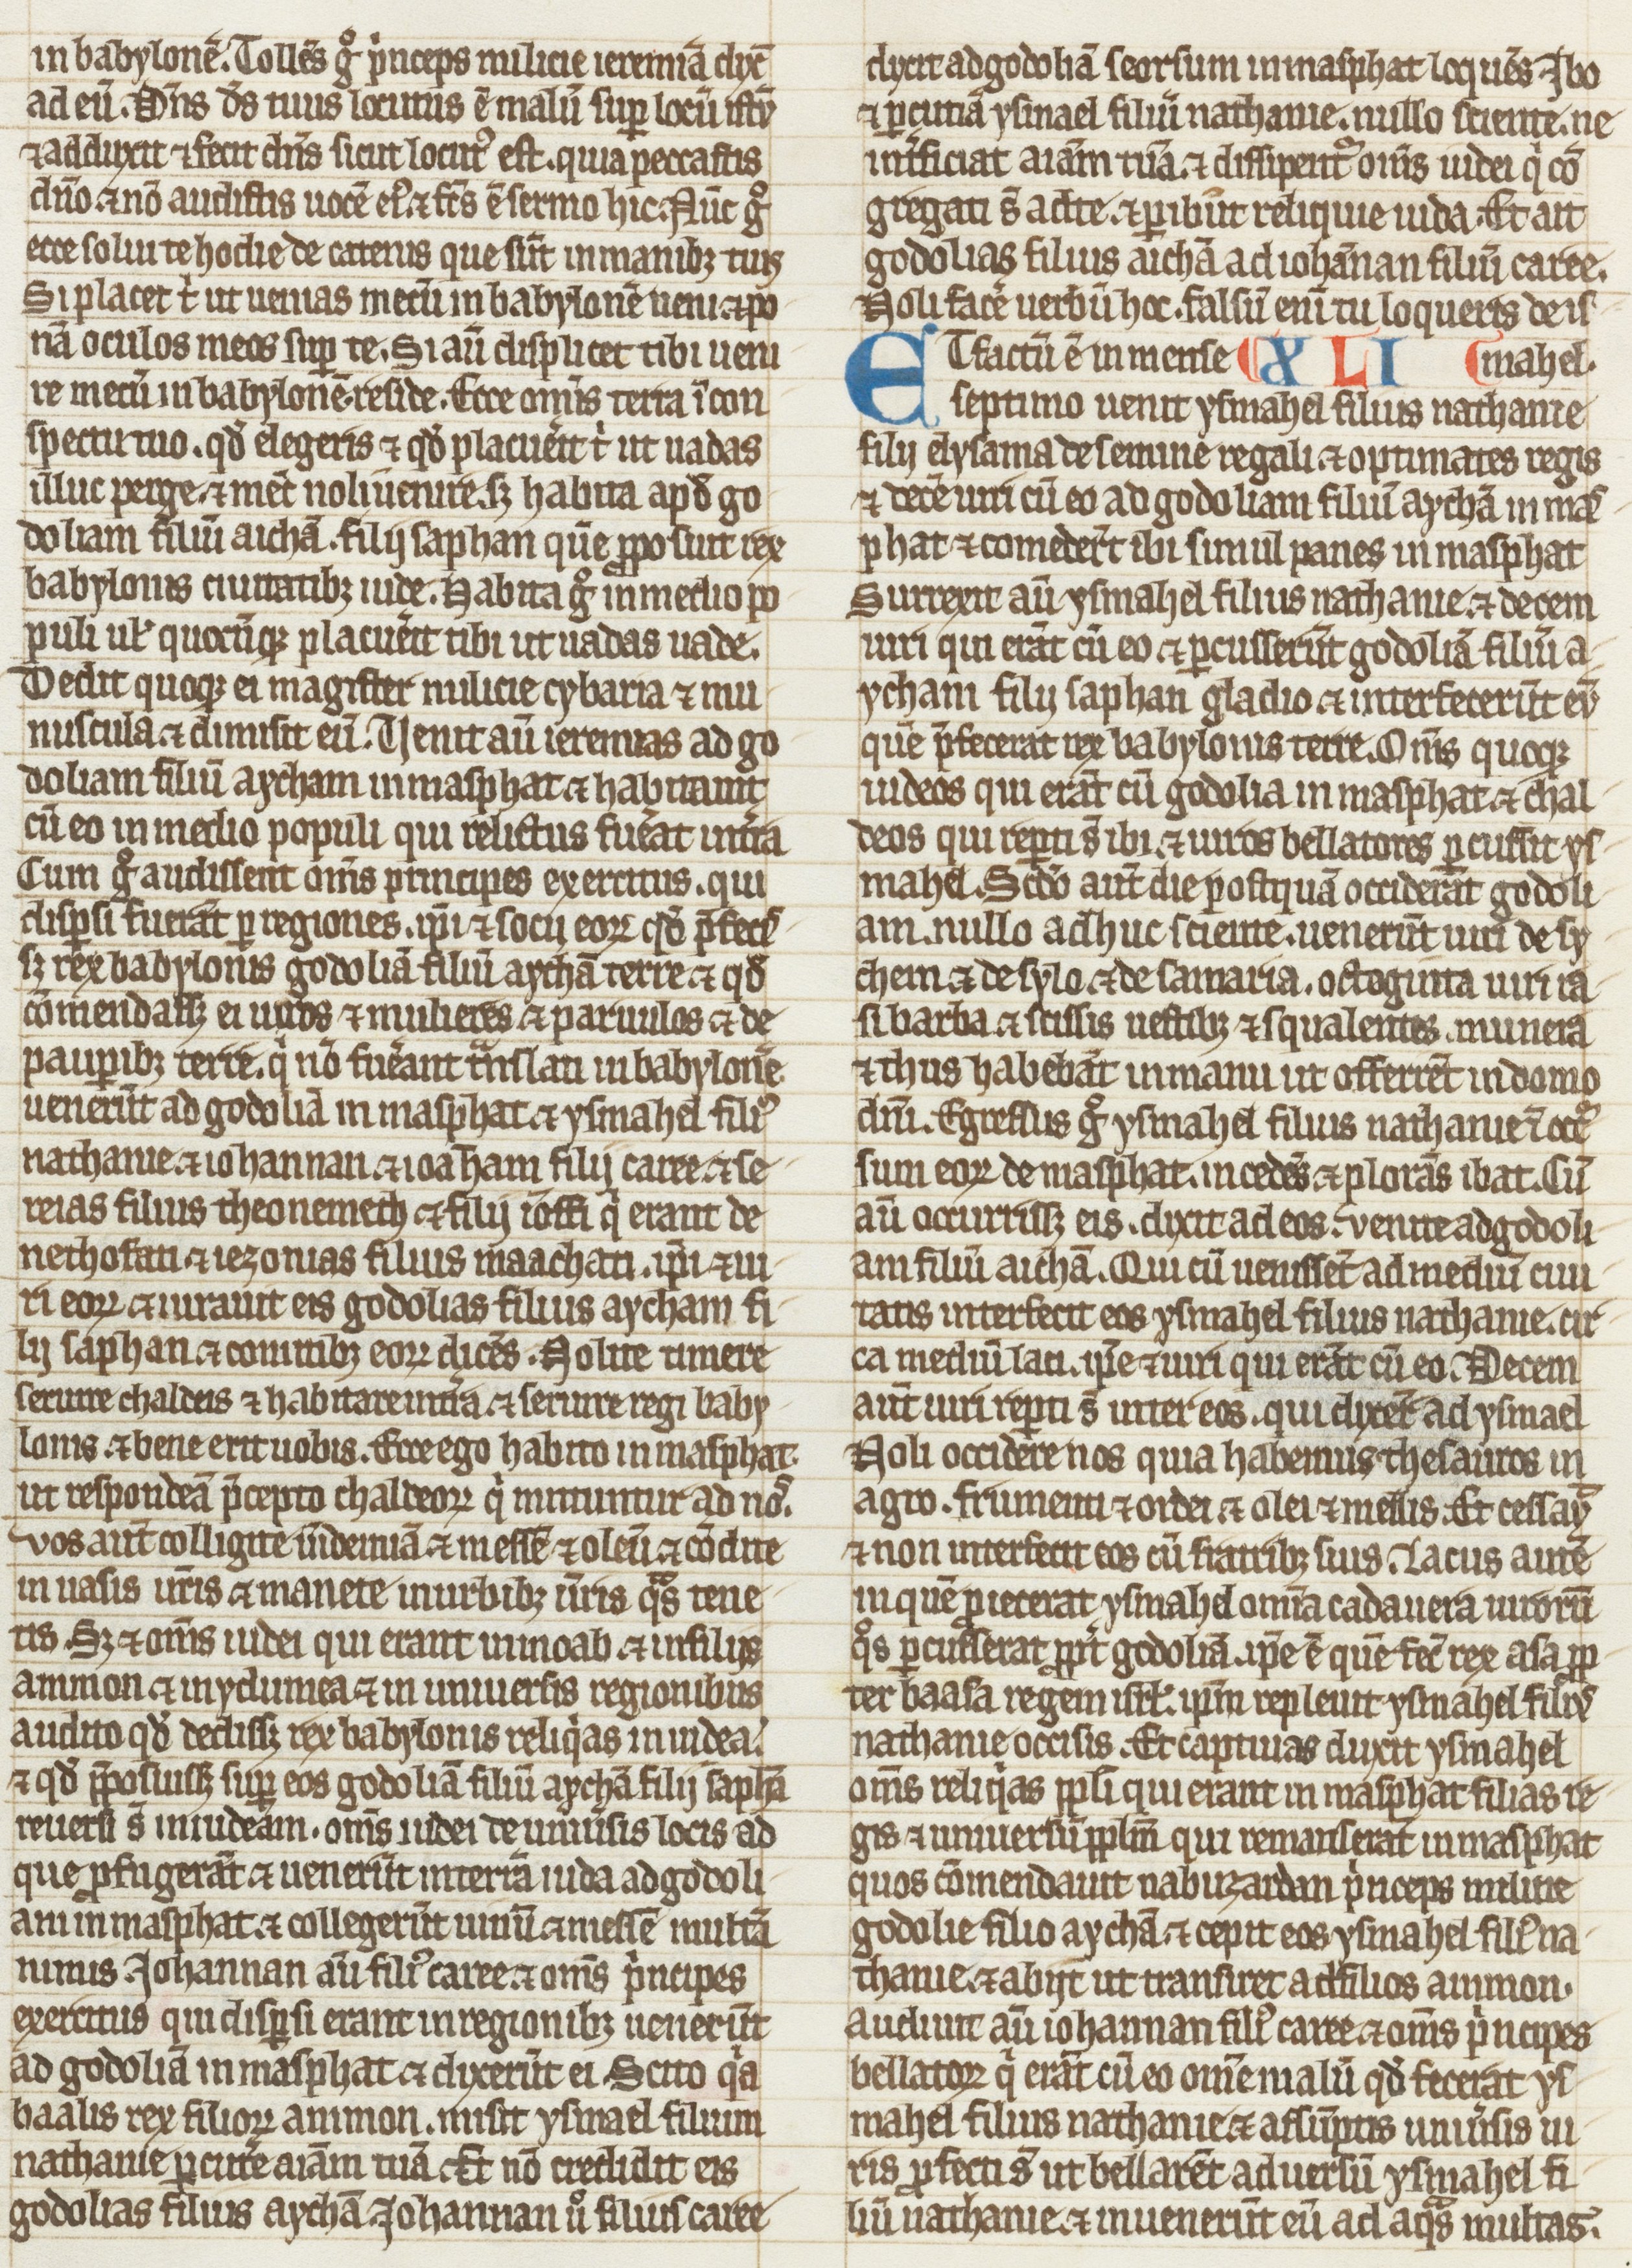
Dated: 1275–1299